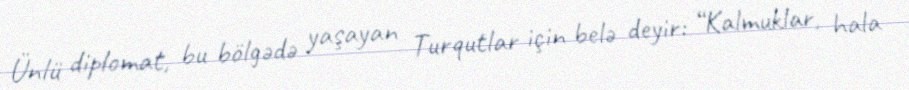
Ünlü diplomat, bu bölgədə yaşayan Turqutlar için belə deyir: “Kalmuklar, hala